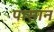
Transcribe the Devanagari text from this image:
पासान